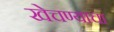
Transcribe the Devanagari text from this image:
खेचण्याचा